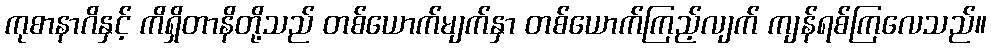
ကုစာနာဂိနှင့် ကိရှိတာနိတို့သည် တစ်ယောက်မျက်နှာ တစ်ယောက်ကြည့်လျက် ကျန်ရစ်ကြလေသည်။